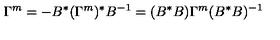
\Gamma ^ { m } = - B ^ { * } ( \Gamma ^ { m } ) ^ { * } B ^ { - 1 } = ( B ^ { * } B ) \Gamma ^ { m } ( B ^ { * } B ) ^ { - 1 }